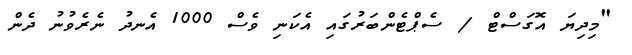
"މިދިޔަ އޮގަސްޓް / ސެޕްޓެންބަރުގައި އެކަނި ވެސް 1000 އެނދު ނެރެވުނު ދެން